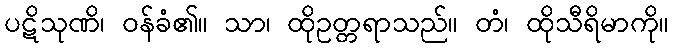
ပဋိသုဏိ၊ ဝန်ခံ၏။ သာ၊ ထိုဥတ္တရာသည်။ တံ၊ ထိုသီရိမာကို။